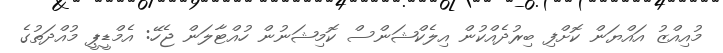
މުއިއްޒު އައްޔަން ކޮށްފި ބިރުދެއްކުން އިލެކްޝަންސް ކޮމިޝަނުން ހުއްޓާލަން ޖެހޭ: އެމްޑީޕީ މުއްދަތުގެ